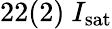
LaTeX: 22(2)~I_{\mathrm{sat}}